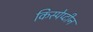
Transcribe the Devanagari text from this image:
किस्पेप्टीन